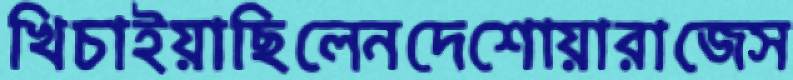
খিচাইয়াছিলেনদেশোয়ারাজেস